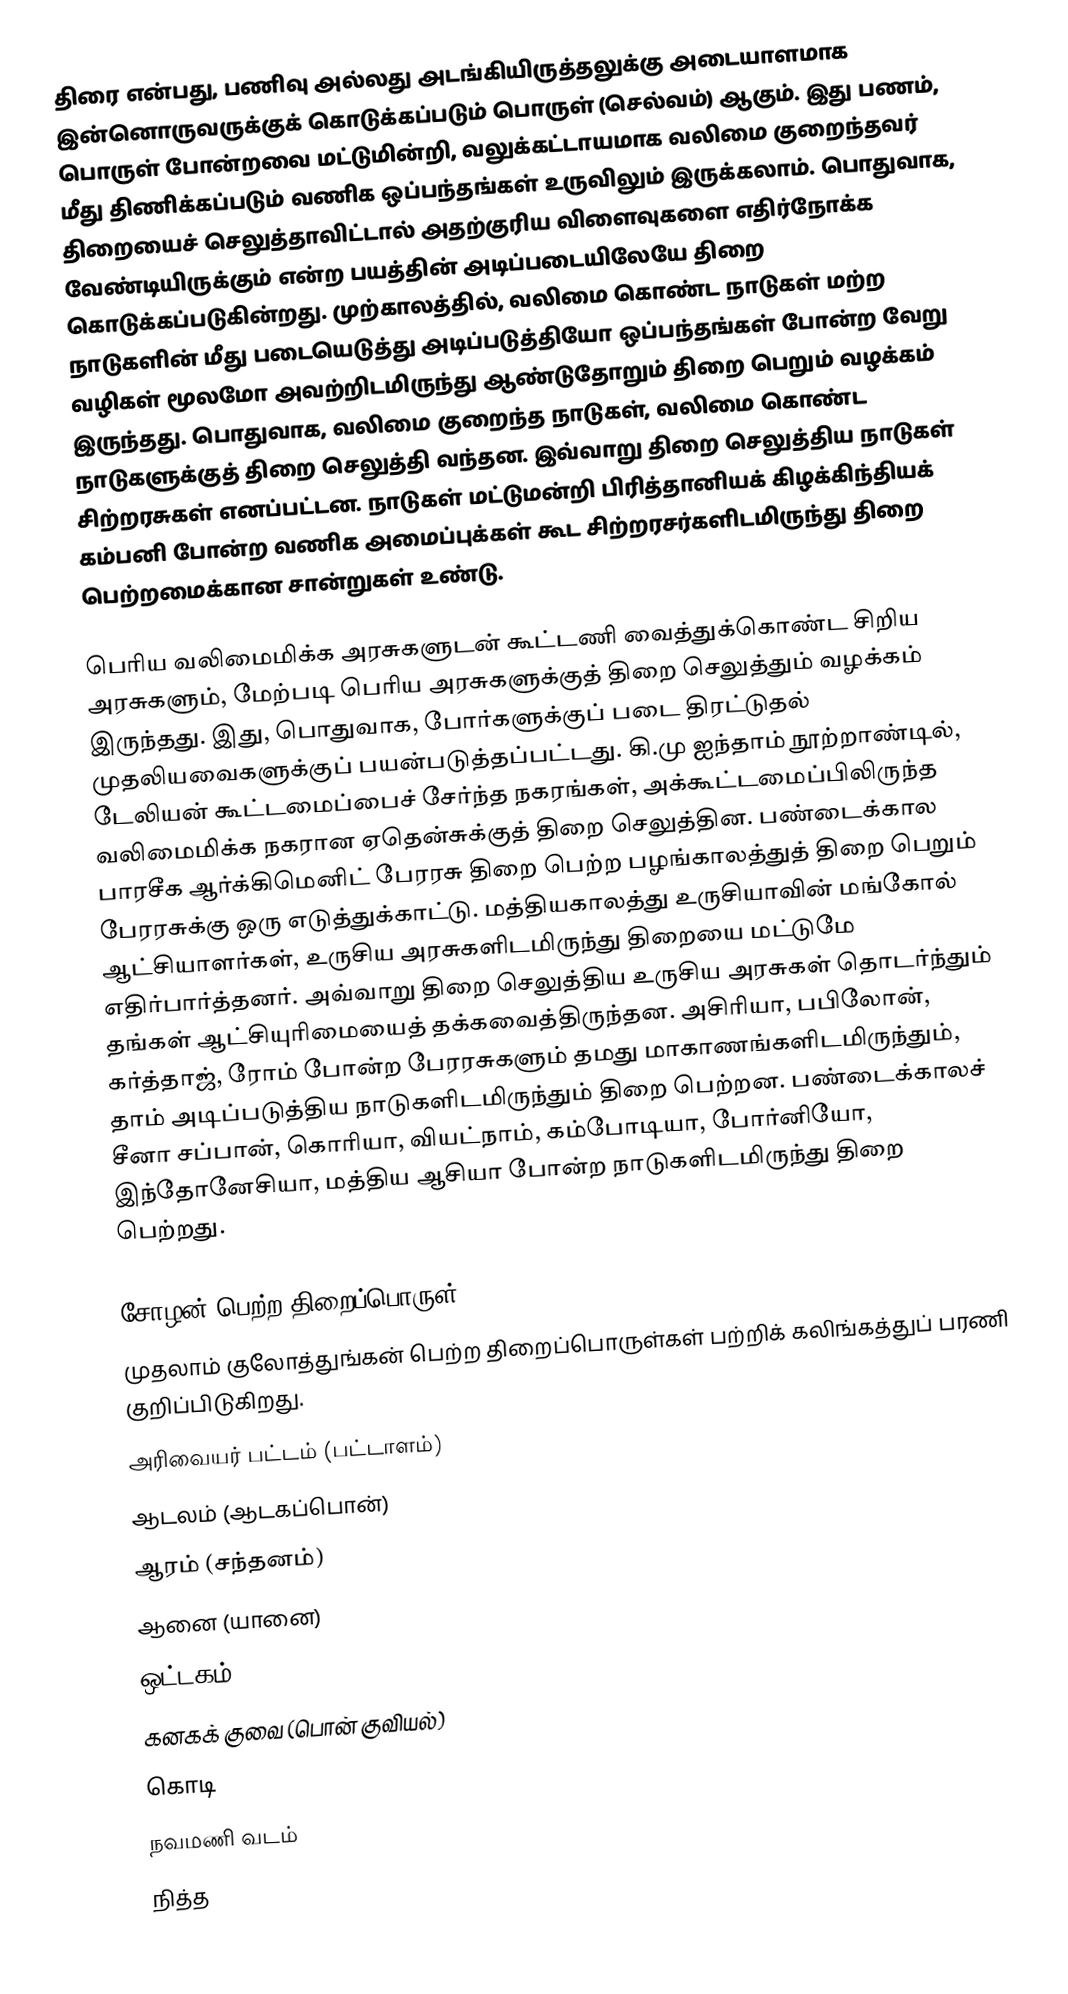
திரை  என்பது, பணிவு அல்லது அடங்கியிருத்தலுக்கு அடையாளமாக இன்னொருவருக்குக் கொடுக்கப்படும் பொருள் (செல்வம்) ஆகும். இது பணம், பொருள் போன்றவை மட்டுமின்றி, வலுக்கட்டாயமாக வலிமை குறைந்தவர் மீது திணிக்கப்படும் வணிக ஒப்பந்தங்கள் உருவிலும் இருக்கலாம். பொதுவாக, திறையைச் செலுத்தாவிட்டால் அதற்குரிய விளைவுகளை எதிர்நோக்க வேண்டியிருக்கும் என்ற பயத்தின் அடிப்படையிலேயே திறை கொடுக்கப்படுகின்றது. முற்காலத்தில், வலிமை கொண்ட நாடுகள் மற்ற நாடுகளின் மீது படையெடுத்து அடிப்படுத்தியோ ஒப்பந்தங்கள் போன்ற வேறு வழிகள் மூலமோ அவற்றிடமிருந்து ஆண்டுதோறும் திறை பெறும் வழக்கம் இருந்தது. பொதுவாக, வலிமை குறைந்த நாடுகள், வலிமை கொண்ட நாடுகளுக்குத் திறை செலுத்தி வந்தன. இவ்வாறு திறை செலுத்திய நாடுகள் சிற்றரசுகள் எனப்பட்டன. நாடுகள் மட்டுமன்றி பிரித்தானியக் கிழக்கிந்தியக் கம்பனி போன்ற வணிக அமைப்புக்கள் கூட சிற்றரசர்களிடமிருந்து திறை பெற்றமைக்கான சான்றுகள் உண்டு.

பெரிய வலிமைமிக்க அரசுகளுடன் கூட்டணி வைத்துக்கொண்ட சிறிய அரசுகளும், மேற்படி பெரிய அரசுகளுக்குத் திறை செலுத்தும் வழக்கம் இருந்தது. இது, பொதுவாக, போர்களுக்குப் படை திரட்டுதல் முதலியவைகளுக்குப் பயன்படுத்தப்பட்டது. கி.மு ஐந்தாம் நூற்றாண்டில், டேலியன் கூட்டமைப்பைச் சேர்ந்த நகரங்கள், அக்கூட்டமைப்பிலிருந்த வலிமைமிக்க நகரான ஏதென்சுக்குத் திறை செலுத்தின. பண்டைக்கால பாரசீக ஆர்க்கிமெனிட் பேரரசு திறை பெற்ற பழங்காலத்துத் திறை பெறும் பேரரசுக்கு ஒரு எடுத்துக்காட்டு. மத்தியகாலத்து உருசியாவின் மங்கோல் ஆட்சியாளர்கள், உருசிய அரசுகளிடமிருந்து திறையை மட்டுமே எதிர்பார்த்தனர். அவ்வாறு திறை செலுத்திய உருசிய அரசுகள் தொடர்ந்தும் தங்கள் ஆட்சியுரிமையைத் தக்கவைத்திருந்தன. அசிரியா, பபிலோன், கர்த்தாஜ், ரோம் போன்ற பேரரசுகளும் தமது மாகாணங்களிடமிருந்தும், தாம் அடிப்படுத்திய நாடுகளிடமிருந்தும் திறை பெற்றன. பண்டைக்காலச் சீனா சப்பான், கொரியா, வியட்நாம், கம்போடியா, போர்னியோ, இந்தோனேசியா, மத்திய ஆசியா போன்ற நாடுகளிடமிருந்து திறை பெற்றது.

சோழன் பெற்ற திறைப்பொருள்
முதலாம் குலோத்துங்கன் பெற்ற திறைப்பொருள்கள் பற்றிக் கலிங்கத்துப் பரணி குறிப்பிடுகிறது.
 அரிவையர் பட்டம் (பட்டாளம்)
 ஆடலம் (ஆடகப்பொன்)
 ஆரம் (சந்தனம்)
 ஆனை (யானை)
 ஒட்டகம்
 கனகக் குவை (பொன் குவியல்)
 கொடி
 நவமணி வடம்
 நித்த